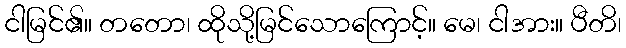
ငါမြင်၏။ တတော၊ ထိုသို့မြင်သောကြောင့်။ မေ၊ ငါအား။ ပီတိ၊